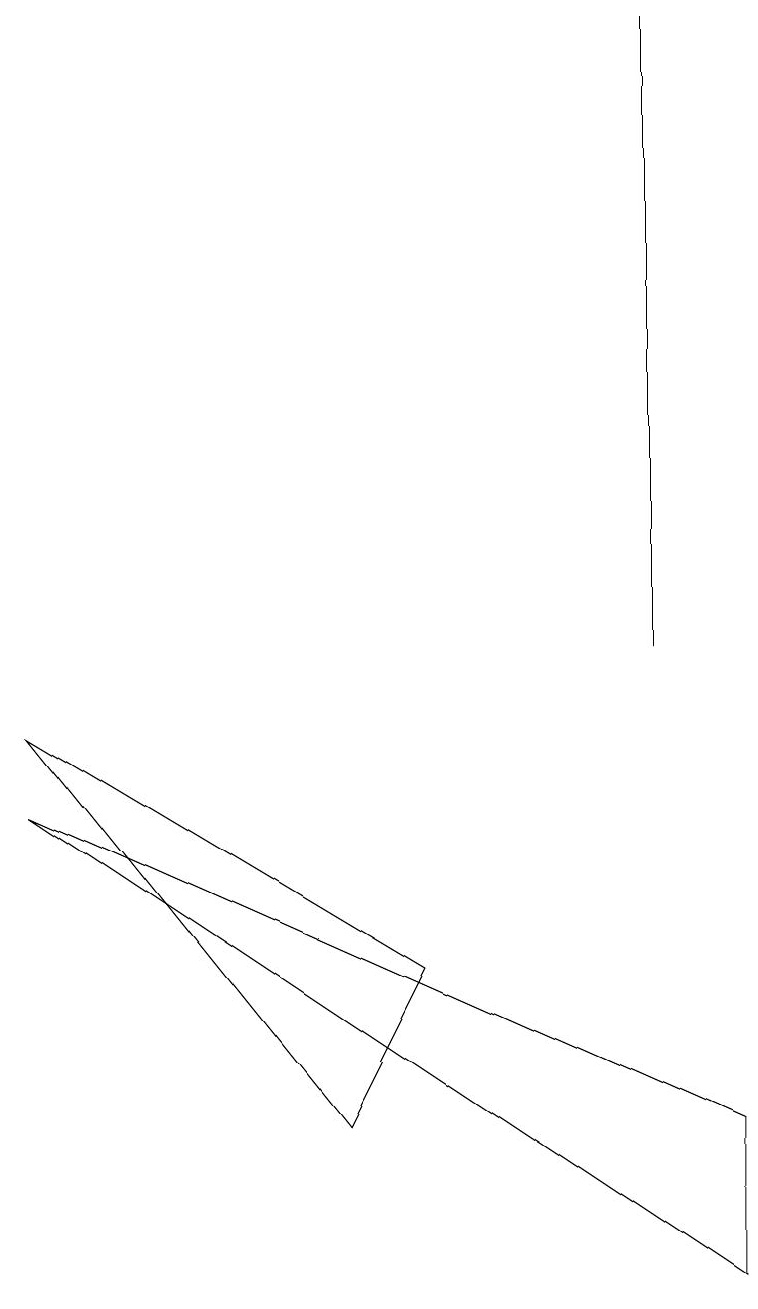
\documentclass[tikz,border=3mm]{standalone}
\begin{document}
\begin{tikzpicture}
\draw (8,10) rectangle (8,18);
\draw (4,4) -- (0,9) -- (5,6) -- cycle;
\draw (0,8) -- (9,2) -- (9,4) -- cycle;
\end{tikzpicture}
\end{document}